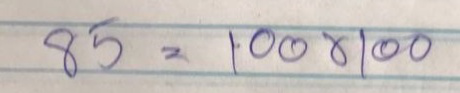
85 = 100x100